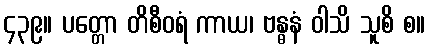
၄၃၉။ ပတ္တော တိစီဝရံ ကာယ၊ ဗန္ဓနံ ဝါသိ သူစိ စ။